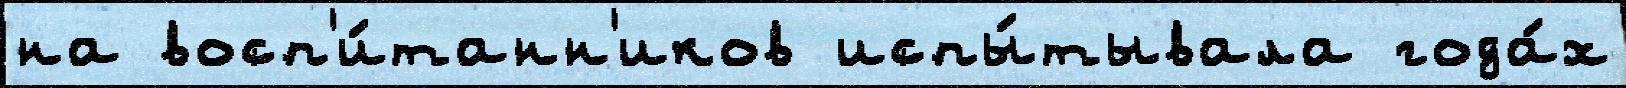
на восп'и́танн'иков испы́тывала года́х